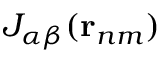
J _ { \alpha \beta } ( { \bf r } _ { n m } )